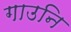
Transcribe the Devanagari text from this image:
गाउनि